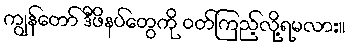
ကျွန်တော် ဒီဖိနပ်တွေကို ဝတ်ကြည့်လို့ရမလား။